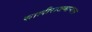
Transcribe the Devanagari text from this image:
सालीराजमान्यता